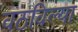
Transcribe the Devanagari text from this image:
वठविल्या